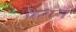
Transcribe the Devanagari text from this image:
फैगन